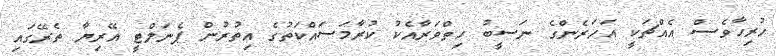
ހުރިހާވެސް އެއްޗަކީ އަހަރެންގެ ނަސީބު ހިތްވަރާއެކު ކުރާމަސައްކަތުގެ އިތުރުން ޕެނަލްޓީ އޭރިޔާ ތެރޭގައި